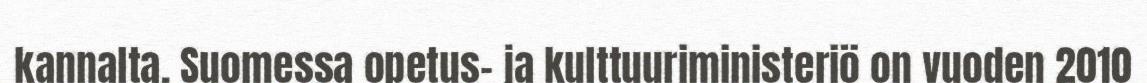
kannalta. Suomessa opetus- ja kulttuuriministeriö on vuoden 2010